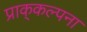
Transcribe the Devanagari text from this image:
प्राक्‌कल्पना